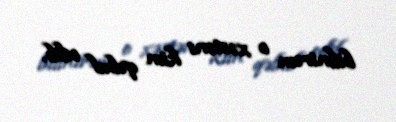
bilmirəm o xəstəni kim qəbul edib.